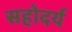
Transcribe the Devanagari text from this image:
सहोदर्य